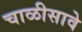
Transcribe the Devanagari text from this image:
चाळीसावे